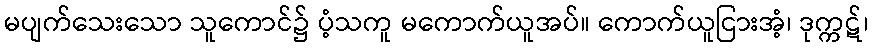
မပျက်သေးသော သူကောင်၌ ပံ့သကူ မကောက်ယူအပ်။ ကောက်ယူငြားအံ့၊ ဒုက္ကဋ်၊